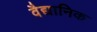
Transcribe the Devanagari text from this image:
वैद्यानिक